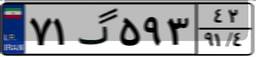
۰۹گ۰۳۵۹۱